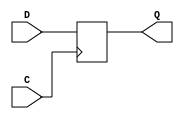
module D_latch (
    input D, // Data input
    input C, // Clock input
    output reg Q // Output
);

always @(posedge C)
begin
    if (C == 1'b1)
        Q <= D;
end

endmodule